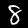
Label: 8